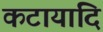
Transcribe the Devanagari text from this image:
कटायादि